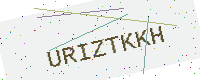
Text: URIZTKKH